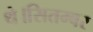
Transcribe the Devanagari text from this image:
थे।सितम्बर